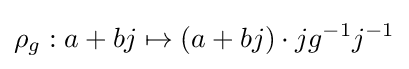
\rho _{g}:a+bj\mapsto (a+bj)\cdot jg^{-1}j^{-1}